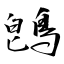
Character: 鵖